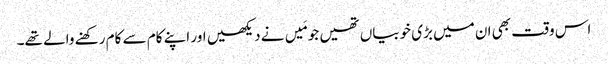
اس وقت بھی ان میں بڑی خوبیاں تھیں جو مَیں نے دیکھیں اور اپنے کام سے کام رکھنے والے تھے۔